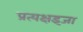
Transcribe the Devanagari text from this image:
प्रत्यक्षइजा